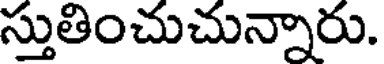
స్తుతించుచున్నారు.